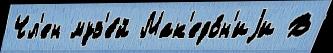
Чл'ен муз'е́й Мак'едо́н'иjи В